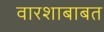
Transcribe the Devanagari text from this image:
वारशाबाबत